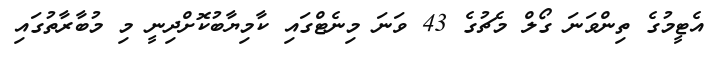
އެޓީމުގެ ތިންވަނަ ގޯލް މެޗުގެ 43 ވަނަ މިނެޓްގައި ކާމިޔާބުކޮށްދިނީ މި މުބާރާތުގައި